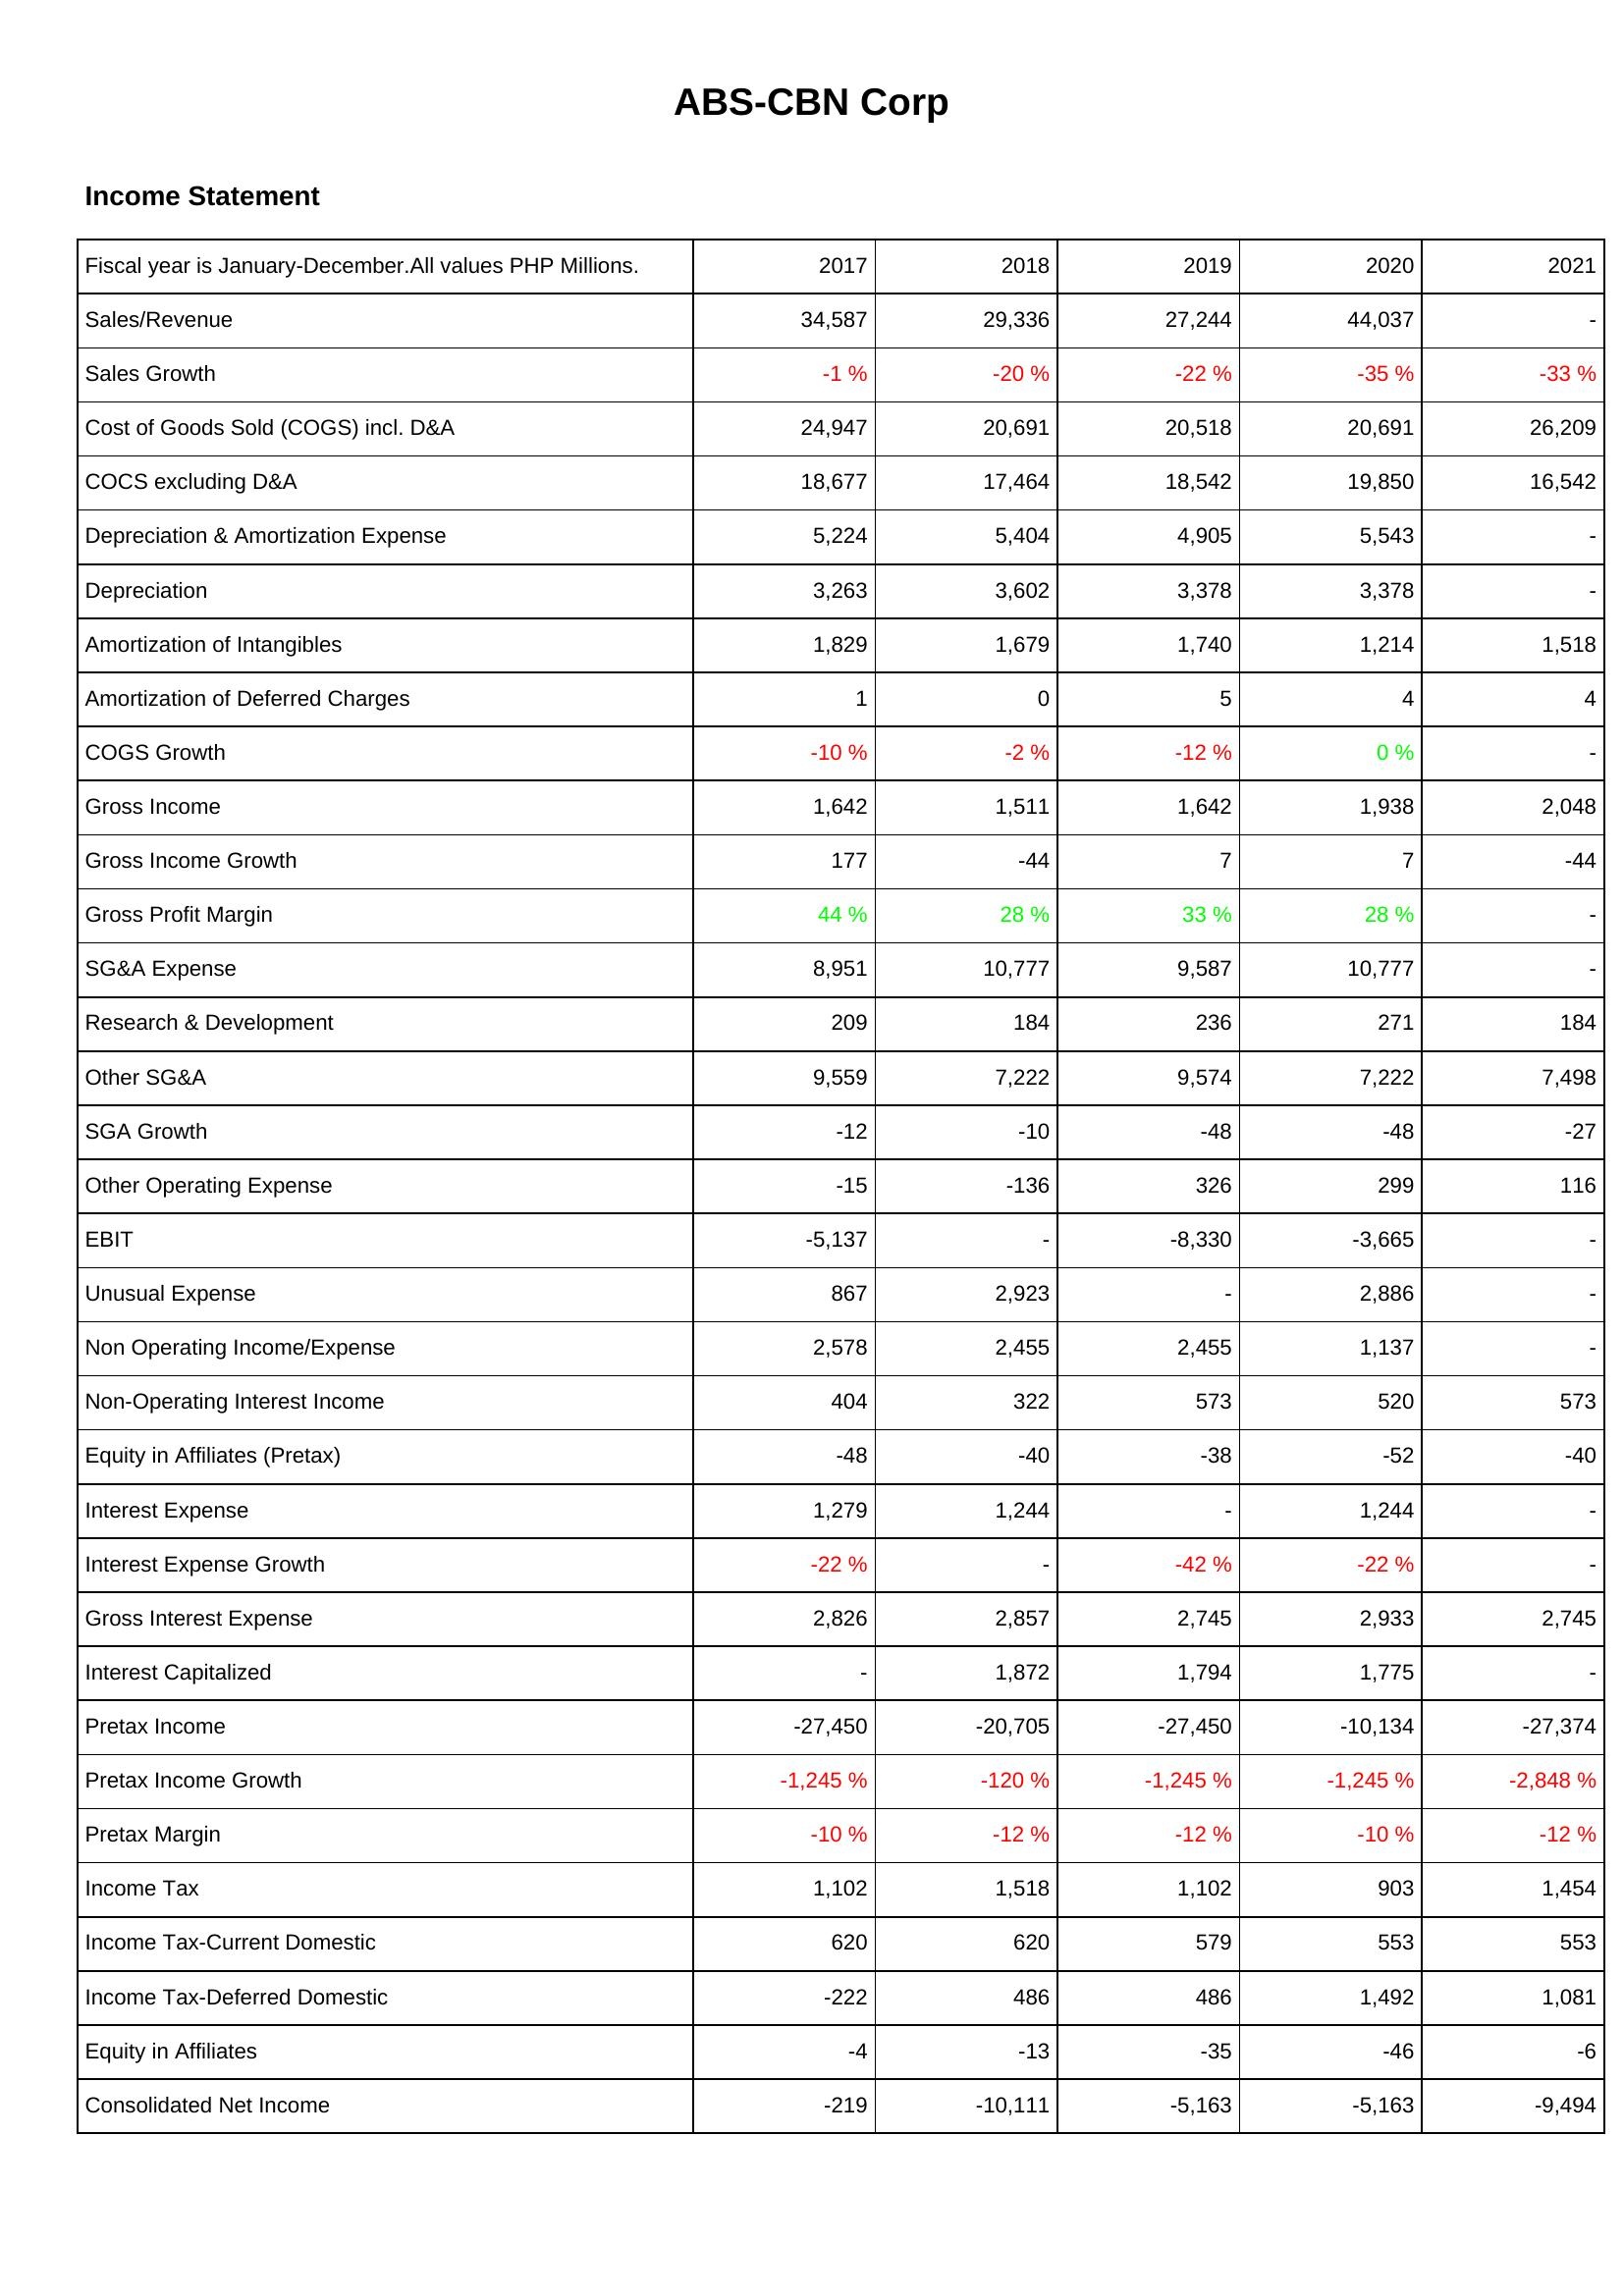
2017: Income Statement: Sales/Revenue: 34,587
Sales Growth: -1 %
Cost of Goods Sold (COGS) incl. D&A: 24,947
COCS excluding D&A: 18,677
Depreciation & Amortization Expense: 5,224
Depreciation: 3,263
Amortization of Intangibles: 1,829
Amortization of Deferred Charges: 1
COGS Growth: -10 %
Gross Income: 1,642
Gross Income Growth: 177
Gross Profit Margin: 44 %
SG&A Expense: 8,951
Research & Development: 209
Other SG&A: 9,559
SGA Growth: -12
Other Operating Expense: -15
EBIT: -5,137
Unusual Expense: 867
Non Operating Income/Expense: 2,578
Non-Operating Interest Income: 404
Equity in Affiliates (Pretax): -48
Interest Expense: 1,279
Interest Expense Growth: -22 %
Gross Interest Expense: 2,826
Interest Capitalized: -
Pretax Income: -27,450
Pretax Income Growth: -1,245 %
Pretax Margin: -10 %
Income Tax: 1,102
Income Tax-Current Domestic: 620
Income Tax-Deferred Domestic: -222
Equity in Affiliates: -4
Consolidated Net Income: -219
2018: Income Statement: Sales/Revenue: 29,336
Sales Growth: -20 %
Cost of Goods Sold (COGS) incl. D&A: 20,691
COCS excluding D&A: 17,464
Depreciation & Amortization Expense: 5,404
Depreciation: 3,602
Amortization of Intangibles: 1,679
Amortization of Deferred Charges: 0
COGS Growth: -2 %
Gross Income: 1,511
Gross Income Growth: -44
Gross Profit Margin: 28 %
SG&A Expense: 10,777
Research & Development: 184
Other SG&A: 7,222
SGA Growth: -10
Other Operating Expense: -136
EBIT: -
Unusual Expense: 2,923
Non Operating Income/Expense: 2,455
Non-Operating Interest Income: 322
Equity in Affiliates (Pretax): -40
Interest Expense: 1,244
Interest Expense Growth: -
Gross Interest Expense: 2,857
Interest Capitalized: 1,872
Pretax Income: -20,705
Pretax Income Growth: -120 %
Pretax Margin: -12 %
Income Tax: 1,518
Income Tax-Current Domestic: 620
Income Tax-Deferred Domestic: 486
Equity in Affiliates: -13
Consolidated Net Income: -10,111
2019: Income Statement: Sales/Revenue: 27,244
Sales Growth: -22 %
Cost of Goods Sold (COGS) incl. D&A: 20,518
COCS excluding D&A: 18,542
Depreciation & Amortization Expense: 4,905
Depreciation: 3,378
Amortization of Intangibles: 1,740
Amortization of Deferred Charges: 5
COGS Growth: -12 %
Gross Income: 1,642
Gross Income Growth: 7
Gross Profit Margin: 33 %
SG&A Expense: 9,587
Research & Development: 236
Other SG&A: 9,574
SGA Growth: -48
Other Operating Expense: 326
EBIT: -8,330
Unusual Expense: -
Non Operating Income/Expense: 2,455
Non-Operating Interest Income: 573
Equity in Affiliates (Pretax): -38
Interest Expense: -
Interest Expense Growth: -42 %
Gross Interest Expense: 2,745
Interest Capitalized: 1,794
Pretax Income: -27,450
Pretax Income Growth: -1,245 %
Pretax Margin: -12 %
Income Tax: 1,102
Income Tax-Current Domestic: 579
Income Tax-Deferred Domestic: 486
Equity in Affiliates: -35
Consolidated Net Income: -5,163
2020: Income Statement: Sales/Revenue: 44,037
Sales Growth: -35 %
Cost of Goods Sold (COGS) incl. D&A: 20,691
COCS excluding D&A: 19,850
Depreciation & Amortization Expense: 5,543
Depreciation: 3,378
Amortization of Intangibles: 1,214
Amortization of Deferred Charges: 4
COGS Growth: 0 %
Gross Income: 1,938
Gross Income Growth: 7
Gross Profit Margin: 28 %
SG&A Expense: 10,777
Research & Development: 271
Other SG&A: 7,222
SGA Growth: -48
Other Operating Expense: 299
EBIT: -3,665
Unusual Expense: 2,886
Non Operating Income/Expense: 1,137
Non-Operating Interest Income: 520
Equity in Affiliates (Pretax): -52
Interest Expense: 1,244
Interest Expense Growth: -22 %
Gross Interest Expense: 2,933
Interest Capitalized: 1,775
Pretax Income: -10,134
Pretax Income Growth: -1,245 %
Pretax Margin: -10 %
Income Tax: 903
Income Tax-Current Domestic: 553
Income Tax-Deferred Domestic: 1,492
Equity in Affiliates: -46
Consolidated Net Income: -5,163
2021: Income Statement: Sales/Revenue: -
Sales Growth: -33 %
Cost of Goods Sold (COGS) incl. D&A: 26,209
COCS excluding D&A: 16,542
Depreciation & Amortization Expense: -
Depreciation: -
Amortization of Intangibles: 1,518
Amortization of Deferred Charges: 4
COGS Growth: -
Gross Income: 2,048
Gross Income Growth: -44
Gross Profit Margin: -
SG&A Expense: -
Research & Development: 184
Other SG&A: 7,498
SGA Growth: -27
Other Operating Expense: 116
EBIT: -
Unusual Expense: -
Non Operating Income/Expense: -
Non-Operating Interest Income: 573
Equity in Affiliates (Pretax): -40
Interest Expense: -
Interest Expense Growth: -
Gross Interest Expense: 2,745
Interest Capitalized: -
Pretax Income: -27,374
Pretax Income Growth: -2,848 %
Pretax Margin: -12 %
Income Tax: 1,454
Income Tax-Current Domestic: 553
Income Tax-Deferred Domestic: 1,081
Equity in Affiliates: -6
Consolidated Net Income: -9,494